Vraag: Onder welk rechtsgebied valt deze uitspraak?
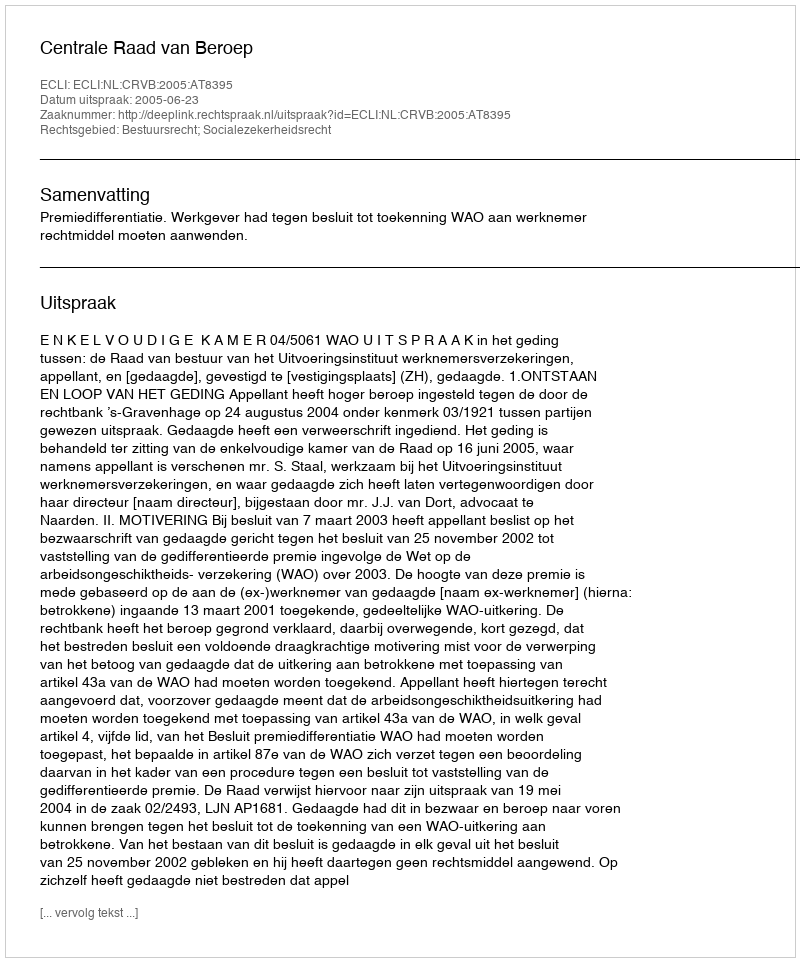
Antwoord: Bestuursrecht; Socialezekerheidsrecht